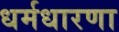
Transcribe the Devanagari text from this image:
धर्मधारणा